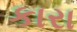
કારા